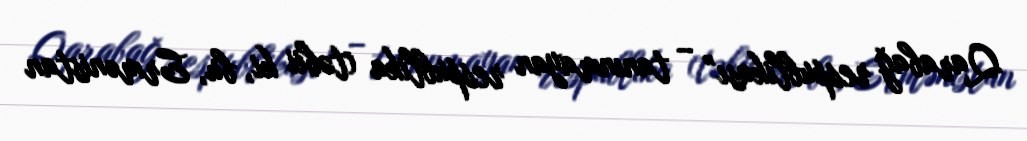
Qarabağ respublikası” – tanınmayan respublika (təbii ki, bu, Ermənistan